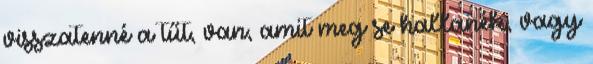
visszatenné a tűt, van, amit meg se hallanék, vagy